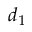
d _ { 1 }